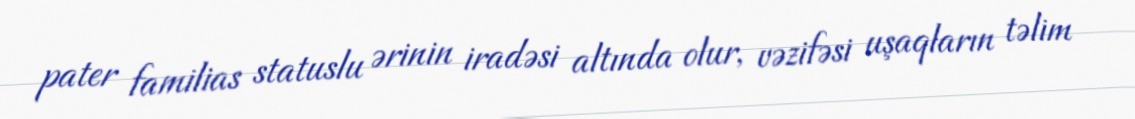
pater familias statuslu ərinin iradəsi altında olur, vəzifəsi uşaqların təlim